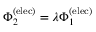
\Phi _ { 2 } ^ { \mathrm { ( e l e c ) } } = \lambda \Phi _ { 1 } ^ { \mathrm { ( e l e c ) } }